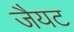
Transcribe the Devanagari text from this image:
जैयट